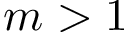
m > 1